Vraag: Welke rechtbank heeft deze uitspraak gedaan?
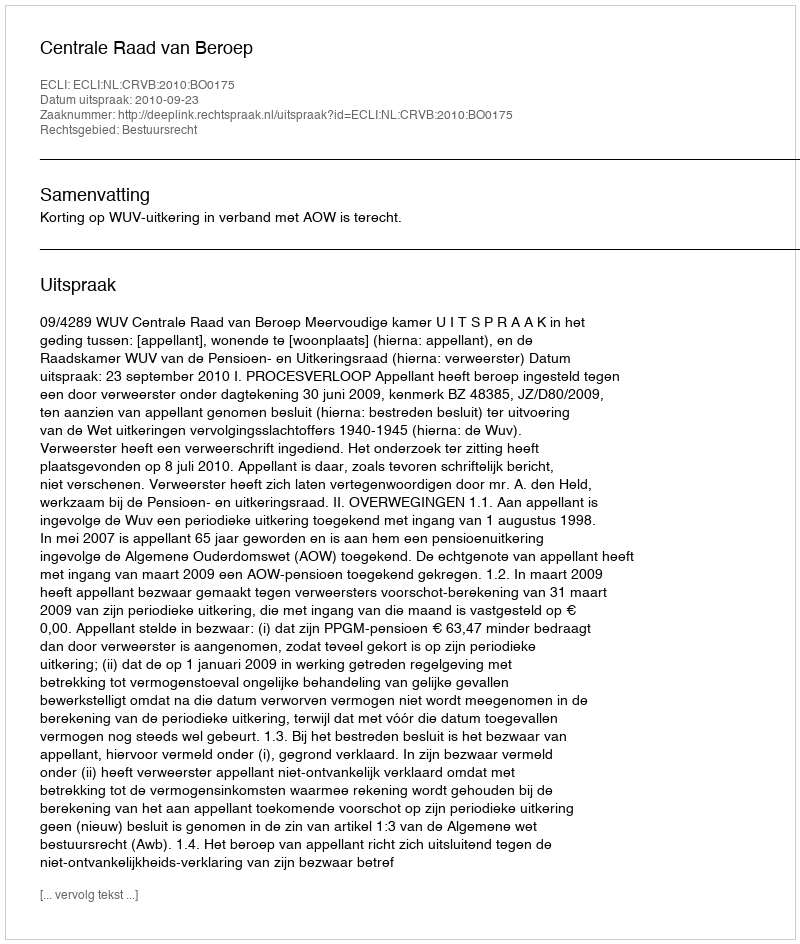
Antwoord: Centrale Raad van Beroep